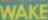
WAKE